Reports on military cantonments and civil stations in the Presidency of Bombay inspected by the Sanitary Commissioner in the years 1875 and 1876
Year: 1875
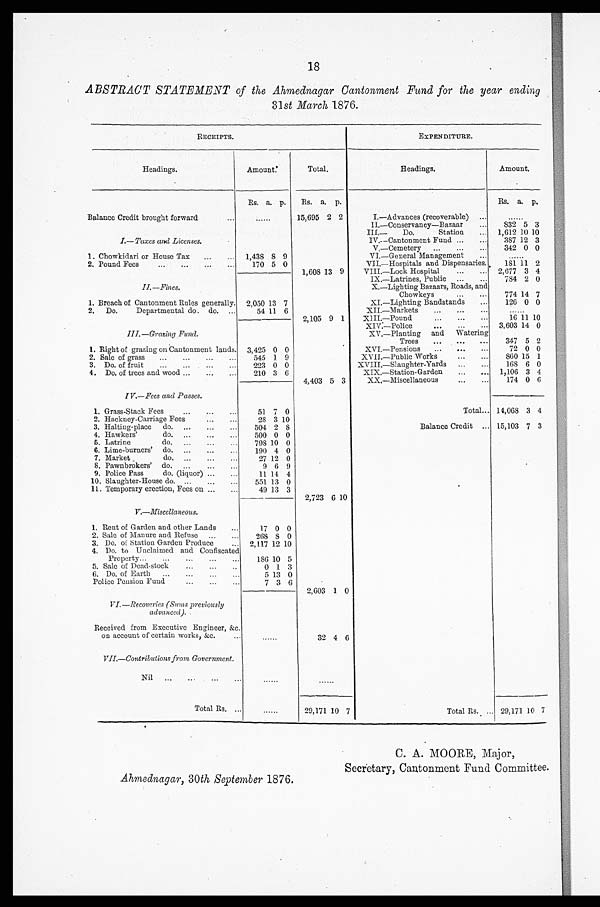
18
ABSTRACT STATEMENT of the Ahmednagar Cantonment Fund for the year ending
31st March 1876.
RECEIPTS.
EXPENDITURE.
Headings.
Amount.
Total.
Headings.
Amount.
Rs. a. p.
Rs. a. p.
Rs. a. p .
Balance Credit brought forward
...
. . . . . .
2 2
I.—Advances (recoverable)
...
. . . . . .
II.—Conservancy—Bazaar
...
832 5 3
III.—
Do.
Station
...
1,612 10 10
I.—Taxes and Licenses.
IV.—Cantonment Fund ...
...
387 12 3
V.—Cemetery
...
...
...
342 0 0
1. Chowkidari or House Tax
...
...
1,438
8 9
VI.—General Management
...
......
2. Pound Fees
...
...
...
...
170 5 0
VII.—Hospitals and Dispensaries.
181 11 2
1,608 13 9
VIII.—Lock Hospital
...
...
2,677 3 4
IX.—Latrines, Public
...
. . .
784 2 0
II.—Fines.
X.—Lighting Bazaars, Roads, and
Chowkeys
...
. . .
774 14 7
1. Breach of Cantonment Rules generally.
2,050 13 7
XL—Lighting Bandstands
...
126 0 0
2. Do.
Departmental do. do.
...
54 11 6
XII.—Markets
...
...
...
......
2,105 9 1
XIII.—Pound
...
...
...
16 11 10
XIV.—Police
...
...
...
3,603 14 0
III.—Grazing Fund.
IV.—Planting and Watering
Trees
...
...
...
347 5 2
1. Right of grazing on Cantonment lands.
3,425 0 0
XVI.—Pensions
...
...
...
72 0 0
2. Sale of grass
...
...
...
...
545 1 9
XVII.—Public Works
...
...
860 15 1
3. Do. of fruit
...
...
...
...
223 0 0
XVIII.—Slaughter-Yards
...
...
168 6 0
4. Do. of trees and wood ...
...
...
210 3 6
XIX.—Station-Garden
...
...
1,106 3 4
4,403 5 3
XX.—Miscellaneous
...
...
174 0 6
I V.—Fees and Passes.
1. Grass-Stack Fees
...
...
...
51 7 0
Total... 14,068 3 4
2. Hackney-Carriage Fees
... . . .
2 8 3 10
3. Halting-place
do.
...
...
...
504 2 8
Balance Credit ... 15,103 7 3
4. Hawkers'
do.
...
...
...
500 0 0
5. Latrine
do.
...
...
...
798 10 0
6. Lime-burners'
do .... . . .
1 9 0 4 0
7. Market d o . . . . . . . . . .
27 12 0
8. Pawnbrokers'
do.
...
...
...
9 6 9
9. Police Pass
do. (liquor) ...
...
11 14 4
10. Slaughter-House do. ...
...
...
551 13 0
11. Temporary erection, Fees on ...
...
49 13 3
2,723 6 10
V.—Miscellaneous.
1. Rent of Garden and other Lands
...
17 0 0
2. Sale of Manure and Refuse
...
...
268
8 0
3. Do. of Station Garden Produce
...
2,117 12 10
4. Do. to Unclaimed and Confiscated
Property...
...
...
...
...
186 10 5
5. Sale of Dead-stock
...
...
. . .
0 1 3
6. Do. of Earth
...
...
...
...
5 13 0
Police Pension Fund
...
...
. . .
7 3 6
2,603 1 0
VI.—Recoveries (Sums previously
advanced).
Received from Executive Engineer, &c.
on account of certain works, &c.
...
......
32 4 6
VII.—Contributions from Government.
Nil
...
...
...
...
......
......
Total Rs. ...
......
29,171 10 7
Total Rs. ... 29,171 10 7
Ahmednagar, 30th September 1876.
C. A. MOORE, Major,
Secretary, Cantonment Fund Committee.